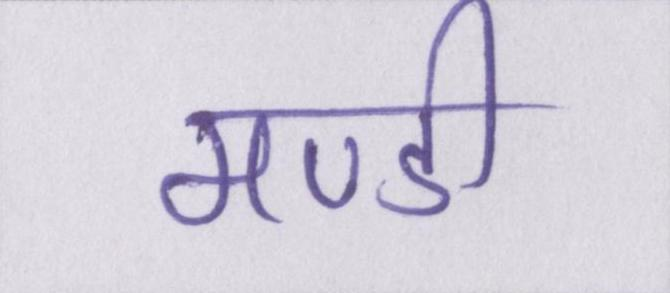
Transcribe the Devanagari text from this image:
मण्डी